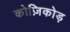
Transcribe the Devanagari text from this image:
कोज़िकोड़